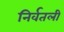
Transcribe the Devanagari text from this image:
निर्वतली